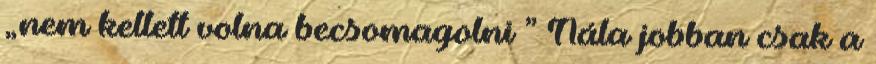
„nem kellett volna becsomagolni ” Nála jobban csak a